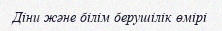
Діни және білім берушілік өмірі